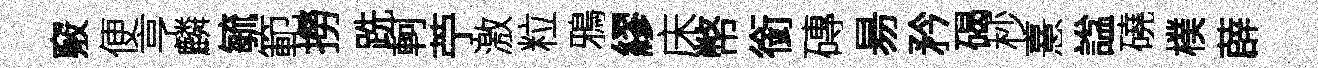
竅便亨麟毓範撈跣軻苧激粒鴉繆床幣銜磚昜矜碣杪憙諡磽樸薜